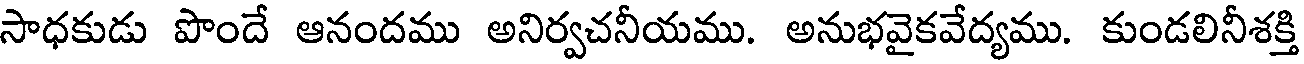
సాధకుడు పొందే ఆనందము అనిర్వచనీయము. అనుభవైకవేద్యము. కుండలినీశక్తి